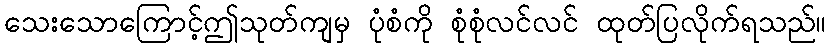
သေးသောကြောင့်ဤသုတ်ကျမှ ပုံစံကို စုံစုံလင်လင် ထုတ်ပြလိုက်ရသည်။